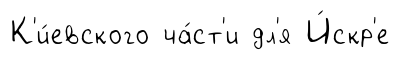
К'и́евского ча́ст'и дл'я И́скр'е